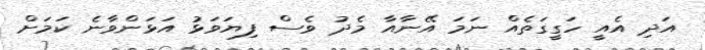
އަދި އެއީ ހަގީގަތެއް ނަމަ އޭނާއާ މެދު ވެސް ފިޔަވަޅު އަޅަންވާނެ ކަމަށް